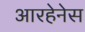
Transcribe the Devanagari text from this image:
आरहेनेस